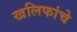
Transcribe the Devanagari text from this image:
खलिफांचे